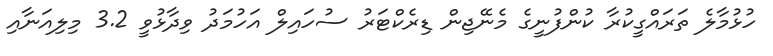
ހުޅުމާލެ ތަރައްގީކުރާ ކުންފުނީގެ މެނޭޖިން ޑިރެކްޓަރު ސުހައިލް އަހުމަދު ވިދާޅުވީ 3.2 މިލިއަނާއި